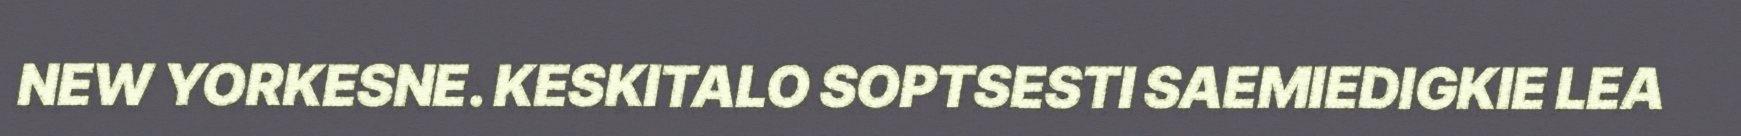
NEW YORKESNE. KESKITALO SOPTSESTI SAEMIEDIGKIE LEA